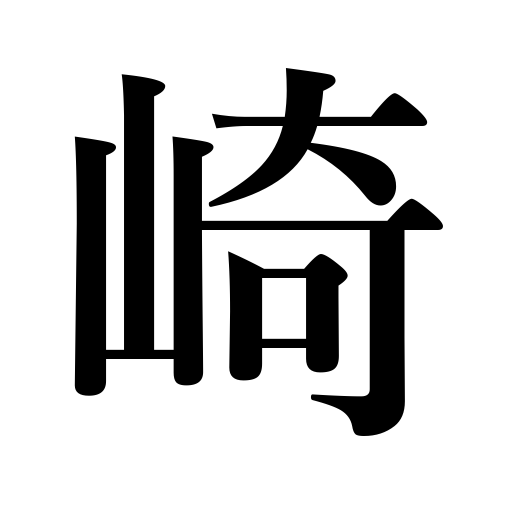
Meanings: cape,promontory,spit